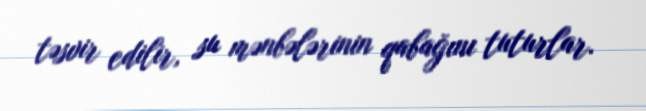
təsvir edilir, su mənbələrinin qabağını tuturlar.